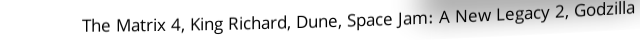
The Matrix 4, King Richard, Dune, Space Jam: A New Legacy 2, Godzilla